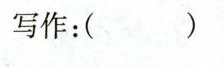
写作:( )